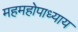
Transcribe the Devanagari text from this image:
महमहोपाध्याय